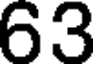
63